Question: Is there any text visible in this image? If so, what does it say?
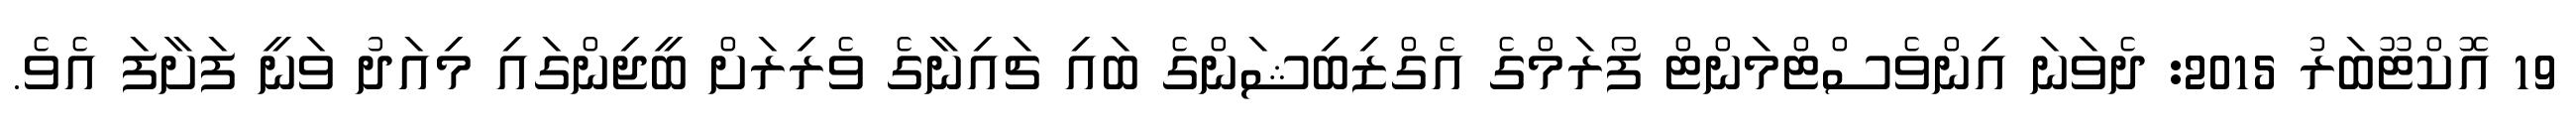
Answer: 19 އޮކްޓޫބަރު 2015: ދެވަނަ އިންވެސްޓްމަންޓް ފޯރަމްގެ އެގްޒިބިޝަންގެ ބައި ޗައިނާގެ ވެރިރަށް ބީޖިންގައި މިއަދު ވަނީ ފަށާފަ އެވެ.